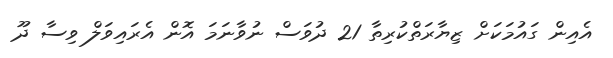
އެއިން ގައުމަކަށް ޒިޔާރަތްކުރިތާ 21 ދުވަސް ނުވާނަމަ އޮން އެރައިވަލް ވިސާ ދޫ